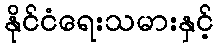
နိုင်ငံရေးသမားနှင့်